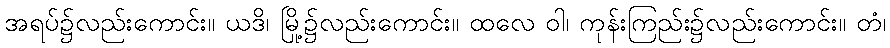
အရပ်၌လည်းကောင်း။ ယဒိ၊ မြို့၌လည်းကောင်း။ ထလေ ဝါ၊ ကုန်းကြည်း၌လည်းကောင်း။ တံ၊